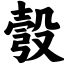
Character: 彀